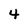
Character: 4